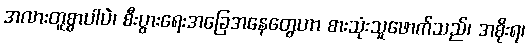
အလားတူစွာပါပဲ၊ စီးပွားရေးအခြေအနေတွေဟာ စားသုံးသူဖောက်သည်၊ အစိုးရ၊